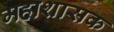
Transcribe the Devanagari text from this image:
महाशासक